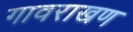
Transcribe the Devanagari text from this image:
गावराखण